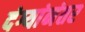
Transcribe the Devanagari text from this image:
दंग्यांनंतर